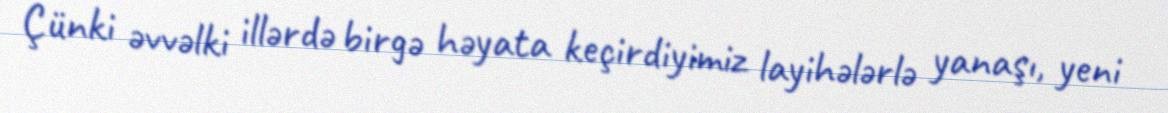
Çünki əvvəlki illərdə birgə həyata keçirdiyimiz layihələrlə yanaşı, yeni